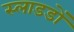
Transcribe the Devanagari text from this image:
स्लाडडों